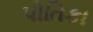
પોતિકા